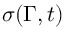
\sigma ( \Gamma , t )